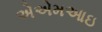
એએમઆઇ